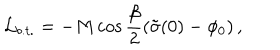
{ \cal L } _ { b . t . } = - M \cos \frac { \beta } { 2 } \left( \tilde { \sigma } ( 0 ) - \phi _ { 0 } \right) ,